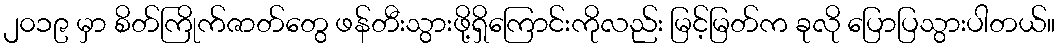
၂၀၁၉ မှာ စိတ်ကြိုက်ဇာတ်တွေ ဖန်တီးသွားဖို့ရှိကြောင်းကိုလည်း မြင့်မြတ်က ခုလို ပြောပြသွားပါတယ်။